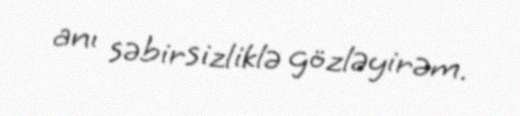
anı səbirsizliklə gözləyirəm.